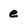
Character: e